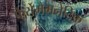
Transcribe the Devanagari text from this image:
फेर्रोमैगनेटिक